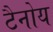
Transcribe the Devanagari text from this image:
टैनोय